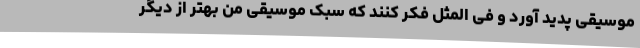
موسیقی پدید آورد و فی المثل فکر کنند که سبک موسیقی من بهتر از دیگر